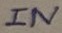
Text: IN